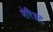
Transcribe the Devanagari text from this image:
मेरिअट